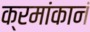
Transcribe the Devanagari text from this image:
क्रमांकानं